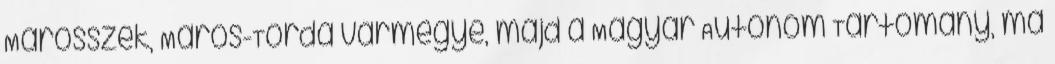
Marosszék, Maros-Torda vármegye, majd a Magyar Autonóm Tartomány, ma